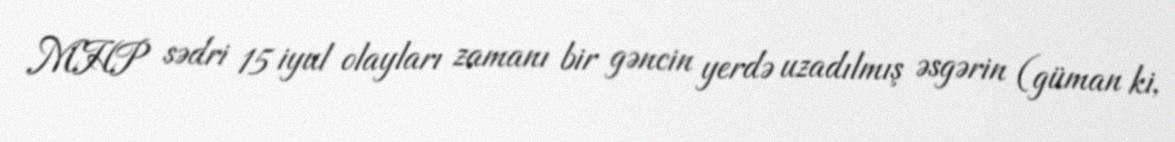
MHP sədri 15 iyul olayları zamanı bir gəncin yerdə uzadılmış əsgərin (güman ki,